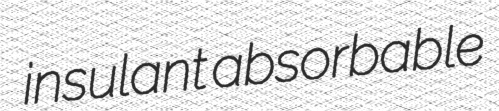
insulant absorbable